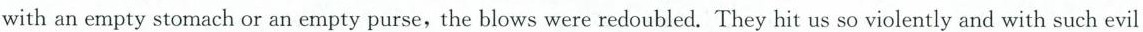
with an empty stomach or an empty purse, the blows were redoubled. They hit us so violently and with such evil